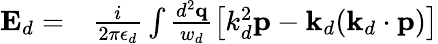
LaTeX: \begin{array}{rl}{\mathbf{E}_{d}=}&{{}\frac{i}{2\pi\epsilon_{d}}\int\frac{d^{2}\mathbf{q}}{w_{d}}\left[k_{d}^{2}\mathbf{p}-\mathbf{k}_{d}(\mathbf{k}_{d}\cdot\mathbf{p})\right]}\end{array}